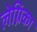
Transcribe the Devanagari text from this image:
लेग्निका